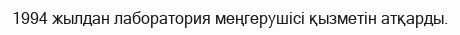
1994 жылдан лаборатория меңгерушісі қызметін атқарды.